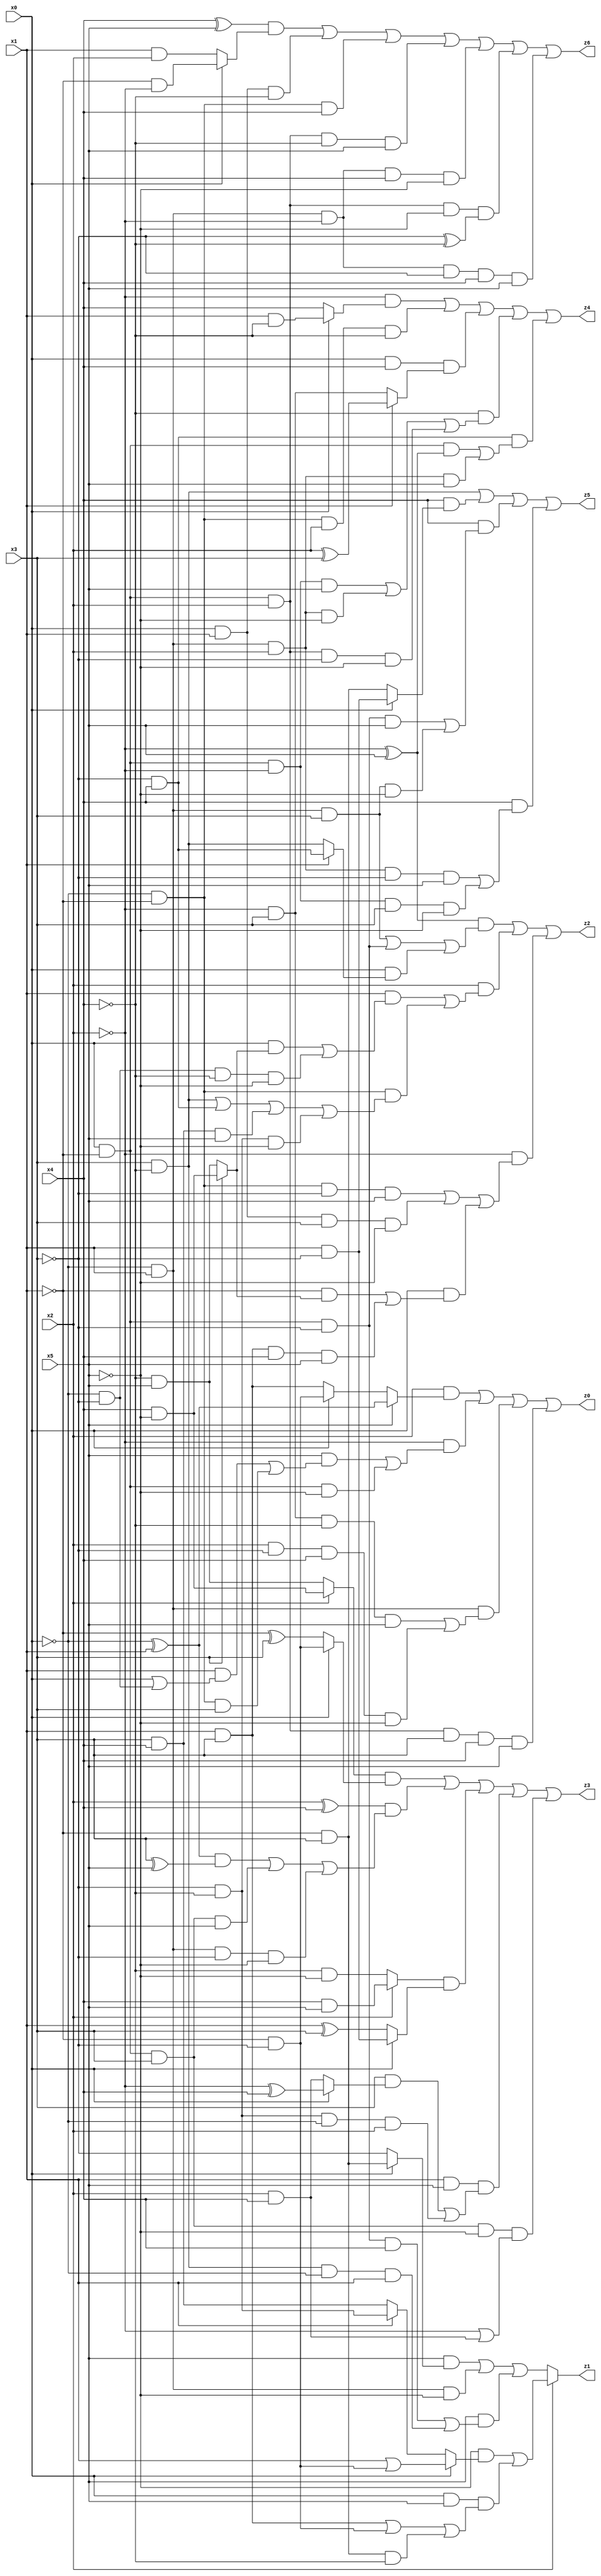
// Benchmark "X_44" written by ABC on Thu Jun 29 21:47:14 2023

module X_44 ( 
    x0, x1, x2, x3, x4, x5,
    z0, z1, z2, z3, z4, z5, z6  );
  input  x0, x1, x2, x3, x4, x5;
  output z0, z1, z2, z3, z4, z5, z6;
  assign z0 = (x2 & (x5 ? (~x0 ^ x1) : (x0 ? (~x1 & ~x3) : (x1 & x3)))) | (~x2 & ((x5 & ((x1 & (x0 | (~x0 & ~x3))) | (~x0 & ~x1 & x3))) | (x0 & ~x1 & ~x5))) | (~x0 & x1 & ((~x2 & x3 & ~x4 & x5) | (x2 & ~x3 & x4 & ~x5))) | (x0 & ~x1 & x2 & x3 & x4 & x5);
  assign z1 = x2 ? ((~x5 & (x0 ? (x1 | (~x1 & ~x3)) : (x1 ? (~x3 & ~x4) : (x3 & x4)))) | (x0 & x5 & ((x1 & x3) | (~x1 & ~x3) | (~x1 & x3 & ~x4)))) : ((x5 & (x0 ? (~x1 & x3) : ~x3)) | (~x0 & x1 & ~x5) | (x5 & ((x0 & ~x1 & ~x3 & x4) | (x3 & ~x4 & ~x0 & x1))));
  assign z2 = ((~x2 ^ x5) & ((~x0 & x1 & x3) | (x0 & ~x1 & ~x3) | (x0 & (x1 ? (~x3 & x4) : (x3 & ~x4))))) | (x2 & ((x1 & ((x0 & (x3 ? (x4 & ~x5) : (~x4 & x5))) | (~x0 & ~x3 & ~x4 & ~x5))) | (~x0 & ~x1 & ((x3 & ~x4) | (~x3 & x4) | (x3 & x4 & x5) | (~x3 & ~x4 & ~x5))))) | (~x2 & ((~x0 & ~x1 & ~x3 & x5) | (x0 & x1 & x3 & ~x5) | (x0 & ((~x1 & (x3 ? (x4 & ~x5) : (~x4 & x5))) | (x1 & x3 & x4 & x5)))));
  assign z3 = ((x2 ? (x4 & ~x5) : (~x4 & x5)) & (x0 ? (~x1 & ~x3) : (~x1 ^ x3))) | ((x2 ^ x4) & (((~x0 ^ x1) & (x3 ^ x5)) | (x0 & ~x1 & x3 & x5) | (~x0 & x1 & ~x3 & ~x5))) | ((x2 ? (x4 & x5) : (~x4 & ~x5)) & (x0 ? (x1 & ~x3) : (x1 ^ x3))) | (x1 & x5 & ((x3 & (x0 ? (~x2 ^ x4) : (x2 & x4))) | (~x3 & ~x4 & ~x0 & x2))) | (x0 & ~x1 & x3 & ~x5 & (~x2 | (x2 & x4)));
  assign z4 = (~x2 & (x0 ? (x1 & ~x4) : x4)) | (~x0 & ~x1 & x2 & ~x4) | (x0 & x4 & (x1 ? (x2 ^ x3) : (~x2 & x3))) | (~x4 & ((x0 & ~x1 & ~x2 & x5) | (~x0 & x1 & x2 & ~x5) | (x0 & ~x1 & x2 & ~x3 & ~x5))) | (~x3 & x4 & ((x0 & ~x1 & (~x2 ^ x5)) | (~x0 & x1 & x2 & x5)));
  assign z5 = (x3 & ~x4) | (x4 & (x0 ? (x1 & ~x3) : (~x1 & x3))) | (x4 & ((x0 & ~x1 & ~x3 & x5) | (~x0 & x1 & x3 & ~x5))) | (x4 & ((~x0 & x1 & x2 & ~x3 & x5) | (x0 & ~x1 & ~x2 & x3 & ~x5)));
  assign z6 = ((x4 ^ x5) & (x0 ? (~x1 & ~x2) : (x1 & x2))) | (x0 & x1 & ~x4) | (~x0 & ~x1 & x4) | (x0 & ~x1 & x2 & ~x4 & x5) | (~x0 & x1 & ~x2 & x4 & ~x5) | (x0 & ~x1 & x2 & ~x5 & (~x3 ^ ~x4)) | (~x0 & x1 & ~x2 & ~x3 & x4 & x5);
endmodule